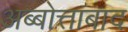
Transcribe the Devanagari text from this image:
अब्बोत्ताबाद